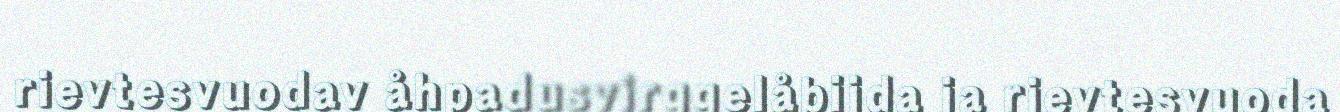
rievtesvuodav åhpadusvirggelåbijda ja rievtesvuoda